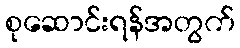
စုဆောင်းရန်အတွက်